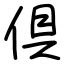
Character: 倶